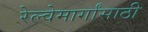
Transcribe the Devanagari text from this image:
रेल्वेमार्गांसाठी